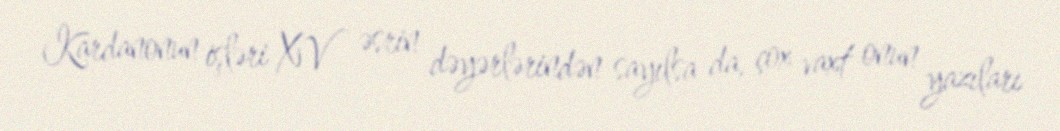
Kardanonun işləri XV əsrin dəyərlərindən sayılsa da, çox vaxt onun yazıları